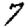
Digit: 7